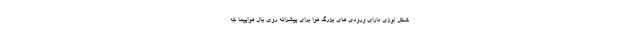
شکل لوزی دارای ورودی های بزرگ هوا برای پیشرانه روی بال هواپیما که